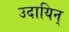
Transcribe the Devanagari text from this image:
उदायिन्